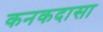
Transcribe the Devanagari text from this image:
कनकदासा